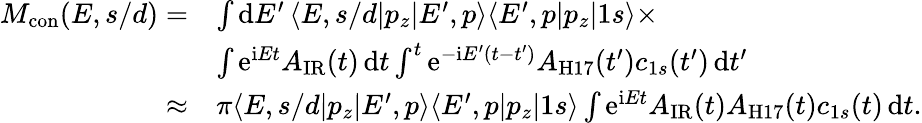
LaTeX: \begin{array}{rl}{M_{\mathrm{{con}}}(E,s/d)=}&{\int\mathrm dE^{\prime}\, \langle E,s/d|p_{z}|E^{\prime},p\rangle\langle E^{\prime},p|p_{z}|1s\rangle\times}\\ &{\int\mathrm e^{\mathrm iEt}A_{\mathrm{IR}}(t)\, \mathrm dt\int^{t}\mathrm e^{-\mathrm iE^{\prime}(t-t^{\prime})}A_{\mathrm{H17}}(t^{\prime})c_{1s}(t^{\prime})\, \mathrm dt^{\prime}}\\ {\approx}&{\pi\langle E,s/d|p_{z}|E^{\prime},p\rangle\langle E^{\prime},p|p_{z}|1s\rangle\int\mathrm e^{\mathrm iEt}A_{\mathrm{IR}}(t)A_{\mathrm{H17}}(t)c_{1s}(t)\, \mathrm dt.}\end{array}